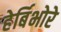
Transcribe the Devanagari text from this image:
हेर्बिभोरे